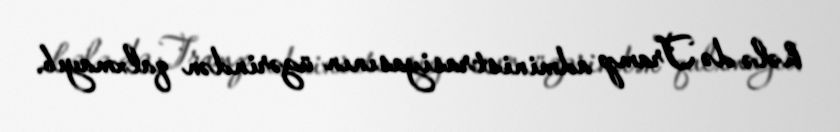
hələ də Tramp administrasiyasının üzərindən qalxmayıb.